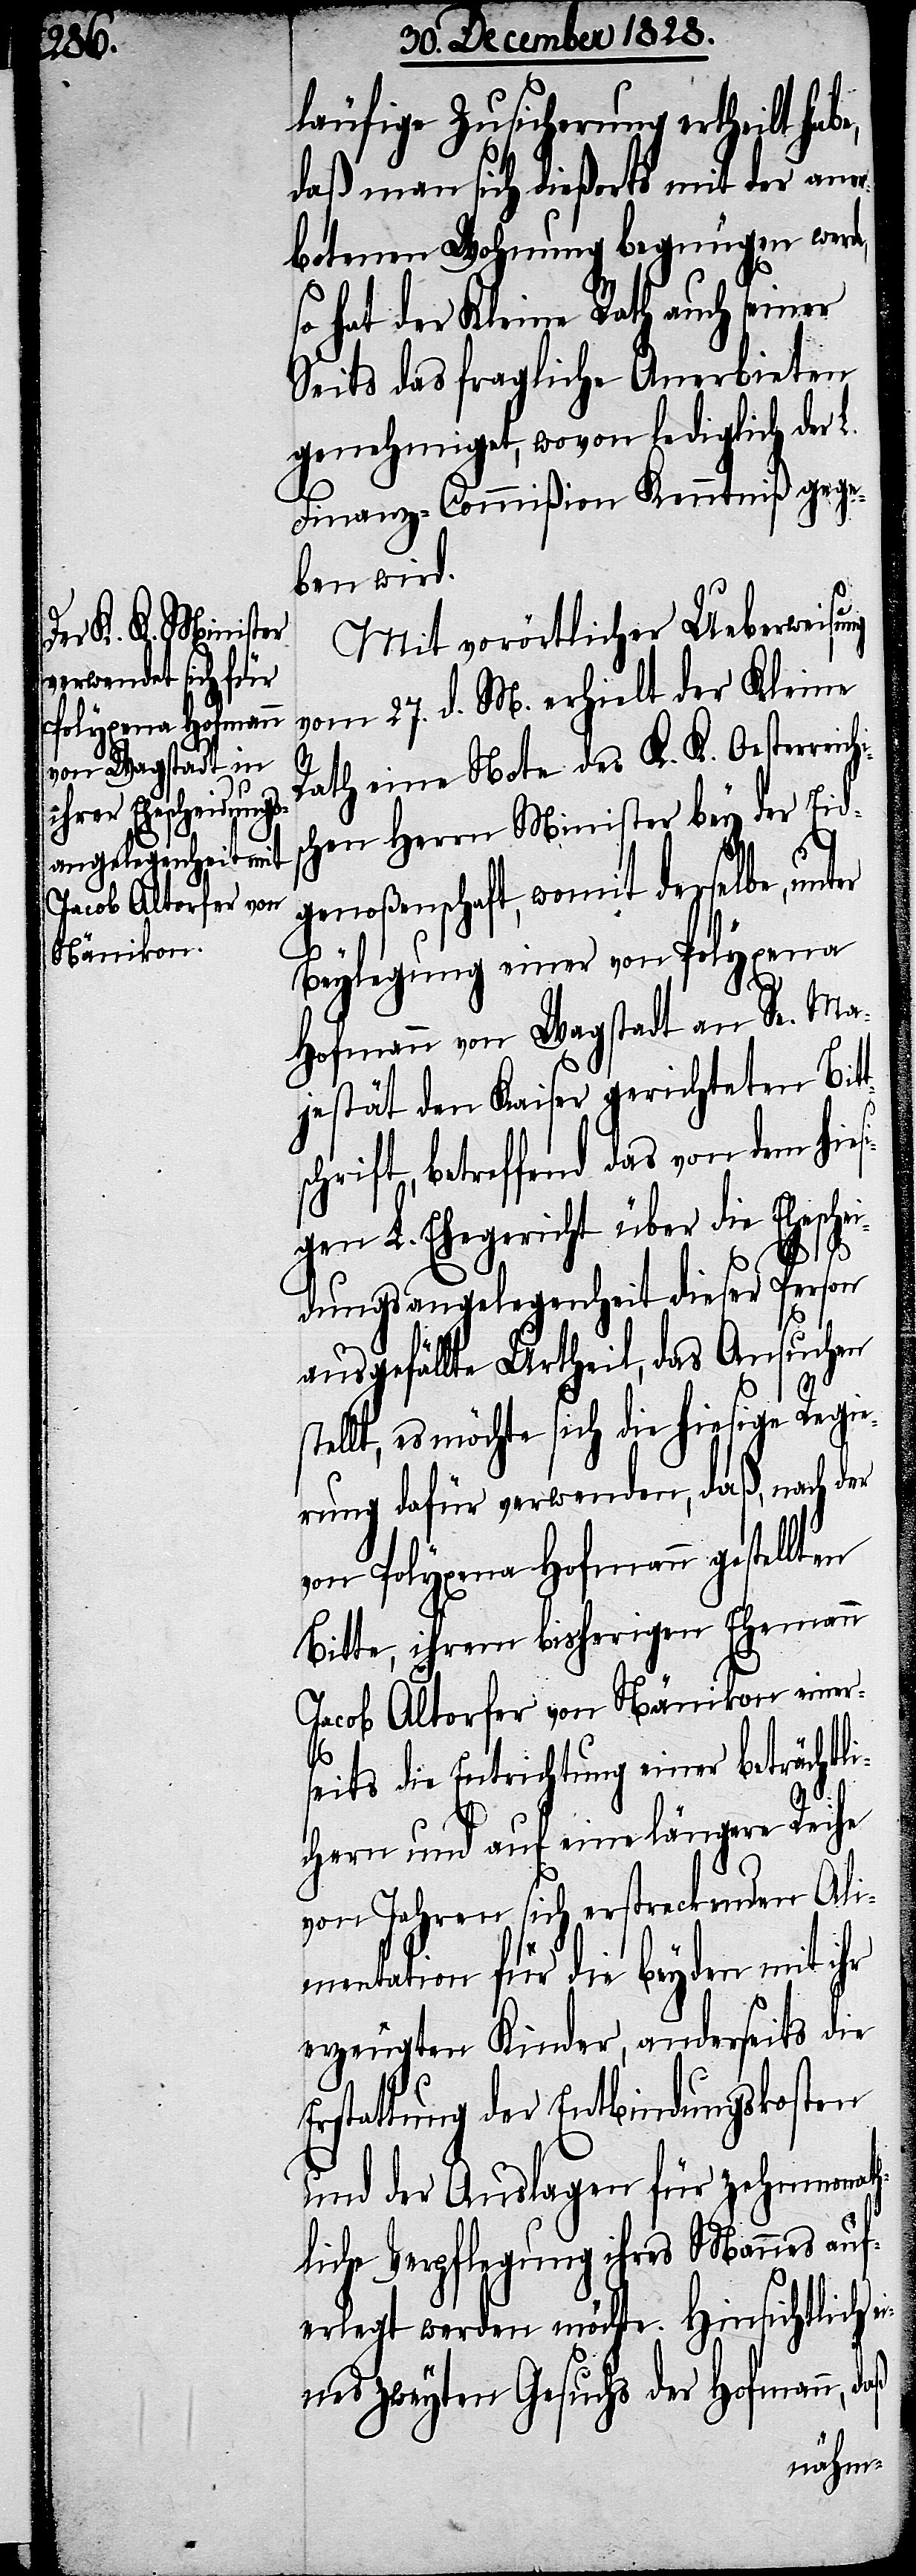
läufige Zusicherung ertheilt habe,
daß man sich dießorts mit der aner¬
botenen Wohnung begnügen werde,
so hat der Kleine Rath auch seiner
Seits das fragliche Anerbieten
genehmigt, wovon lediglich der L.
Finanz-Commißion Kenntniß gege¬
ben wird.
Mit vorörtlicher Ueberweisung
vom 27. d. M. erhielt der Kleine
Rath eine Note des K. K. Oesterreic¬
chen Herrn Minister bey der Eid¬
genoßenschaft, womit derselbe, unt¬
Beylegung einer von Polyxena
Hofmann von Wagstadt an Se. Ma¬
jestät den Kaiser gerichteten Bit¬
schrift, betreffend das von dem hies¬
igen L. Ehegericht über die Ehesche¬
idungsangelegenheit dieser Person
ausgefällte Urtheil, das Ansuchen
s¬
tellt, es möchte sich die hiesige Regie¬
rung dafür verwenden, daß, nach der
von Polyxena Hofmann gestellten
Bitte, ihrem bisherigen Ehemann
Jacob Altorfer von Nänikon einers¬
eits die Entrichtung einer beträchtl¬
ichen und auf eine längere Reihe
von Jahren sich erstreckenden Ali¬
mentation für die beyden mit ihr
erzeugten Kinder, anderseits die
Erstattung der Entbindungskosten
und der Auslagen der zehnmonath¬
liche Verpflegung ihres Mannes auf¬
erlegt werden möchte. Hinsichtlich ei¬
nes zweyten Gesuchs der Hofmann, daß